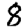
Digit: 8